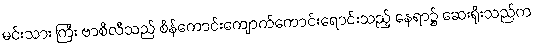
မင်းသား ကြီး ဗာစီလီသည် စိန်ကောင်းကျောက်ကောင်းရောင်းသည့် နေရာ၌ ဆေးရိုးသည်က